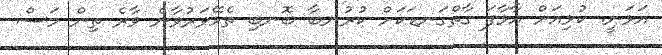
އަޅަނީ. ކުޅިއަށް އާޅާފަ ގާތްގަނޑަކަށް ކުރުނބާ ބޮނބި ތެޅޭވަރުވާނެ ވާރެ ތިން މަސް